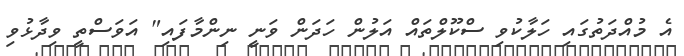
އެ މުއްދަތުގައި ހަލާކުވި ސްކޫލްތައް އަލުން ހަދަން ވަނީ ނިންމާފައި" އަވަސްތީ ވިދާޅުވި